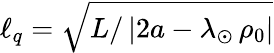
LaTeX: \ell_{q}=\sqrt{L/\left|2a-\lambda_{\odot}\, \rho_{0}\right|}